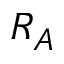
R _ { A }